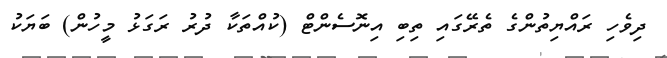
ދިވެހި ރައްޔިތުންގެ ތެރޭގައި ތިބި އިނޮސެންޓް (ކުއްތަކާ ދުރު ރަގަޅު މީހުން) ބަޔަކު